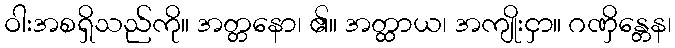
ဝါးအစရှိသည်ကို။ အတ္တနော၊ ၏။ အတ္ထာယ၊ အကျိုးငှာ။ ဂဏှိန္တေန၊